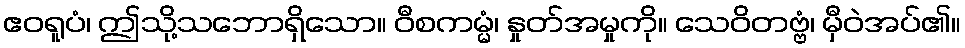
ဧဝရူပံ၊ ဤသို့သဘောရှိသော။ ဝီစကမ္မံ၊ နှုတ်အမှုကို။ သေဝိတဗ္ဗံ၊ မှီဝဲအပ်၏။